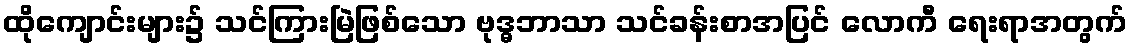
ထိုကျောင်းများ၌ သင်ကြားမြဲဖြစ်သော ဗုဒ္ဓဘာသာ သင်ခန်းစာအပြင် လောကီ ရေးရာအတွက်